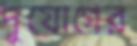
দুযোগের